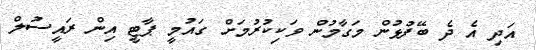
އަދި އެ ދެ ބޭފުޅުން މަގާމުން ވަކިކުރުމަށް ގައުމީ ޕާޓީ އިން ރައީސުލް